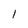
Character: l